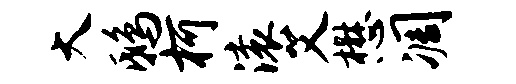
大鸱柯滚艾懋凋